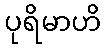
ပုရိမာဟိ